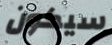
سيكون